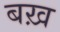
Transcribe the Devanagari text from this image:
बख़